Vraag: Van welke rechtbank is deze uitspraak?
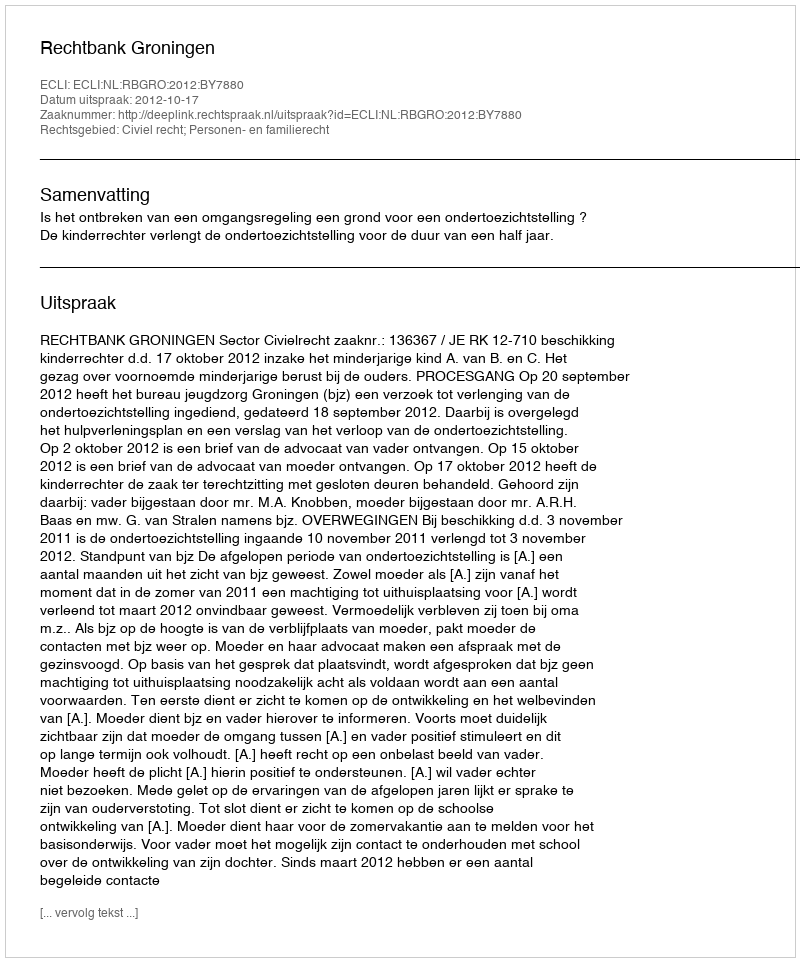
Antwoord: Rechtbank Groningen